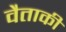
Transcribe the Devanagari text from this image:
वैताकी